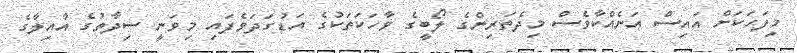
މިފަހަކަށް އައިސް އަނެއްކާވެސް މިދެތަރިންގެ ލޯބީގެ ވާހަކަތަކުގެ އަޑުގަދަވެފައި މިވަނީ ސިދާތުގެ އާއިލާގެ